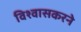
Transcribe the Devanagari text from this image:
विश्वासकरने